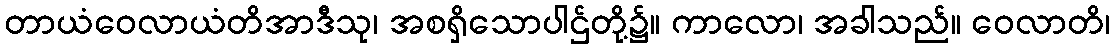
တာယံဝေလာယံတိအာဒီသု၊ အစရှိသောပါဌ်တို့၌။ ကာလော၊ အခါသည်။ ဝေလာတိ၊